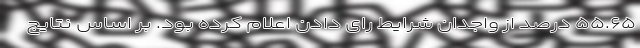
۵۵.۶۵ درصد از واجدان شرایط رای دادن اعلام کرده بود. بر اساس نتایج